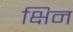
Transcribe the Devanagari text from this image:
क्षिन